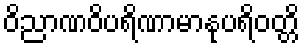
ဝိညာဏဝိပရိဏာမာနုပရိဝတ္တိ